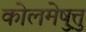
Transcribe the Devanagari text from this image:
कोलमेष़ुत्तु